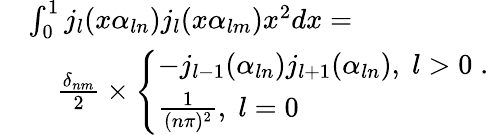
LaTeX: \begin{array}{rl}&{\int_{0}^{1}j_{l}(x\alpha_{ln})j_{l}(x\alpha_{lm})x^{2}dx=}\\ &{\quad\frac{\delta_{nm}}{2}\times\left\{ \begin{array}{ll}{-j_{l-1}(\alpha_{ln})j_{l+1}(\alpha_{ln}),\; l>0\; .}\\ {\frac{1}{(n\pi)^{2}},\; l=0}\end{array}\right.}\end{array}